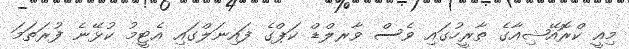
މިއީ ކްރޮއޭޝިއާގެ ތާރީހުގައި ވެސް ވާރލްޑް ކަޕްގެ ފައިނަލްގައި އެޓީމު ކުޅޭނެ ފުރަތަމަ